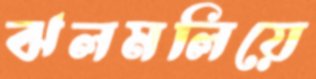
ঝলমলিয়ে